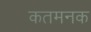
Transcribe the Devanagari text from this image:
कतमनक